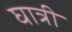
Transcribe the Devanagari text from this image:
घात्री